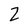
Character: Z